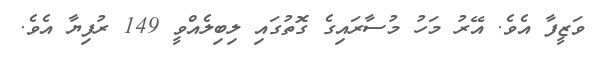
ވަޒީފާ އެވެ. އޭރު މަހު މުސާރައިގެ ގޮތުގައި ލިބިލެއްވީ 149 ރުފިޔާ އެވެ.